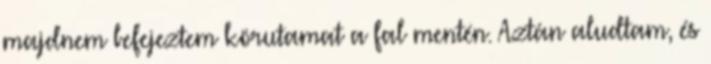
majdnem befejeztem körutamat a fal mentén. Aztán aludtam, és